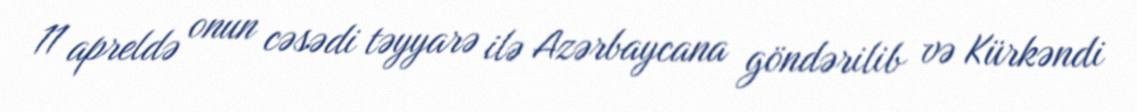
11 apreldə onun cəsədi təyyarə ilə Azərbaycana göndərilib və Kürkəndi